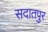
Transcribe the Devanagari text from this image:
सदातपुर